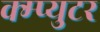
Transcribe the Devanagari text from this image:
क्म्प्युटर